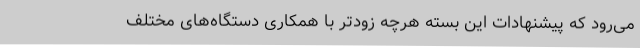
می‌رود که پیشنهادات این بسته هرچه زودتر با همکاری دستگاه‌های مختلف